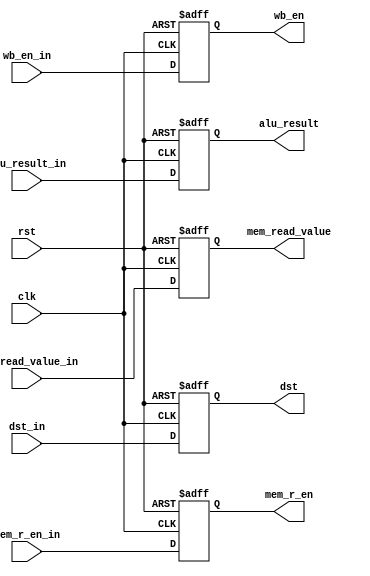
module MEM_Stage_reg (
	input clk, rst, wb_en_in, mem_r_en_in,
	input [31:0] alu_result_in, mem_read_value_in,
	input [4:0] dst_in,
	output reg wb_en, mem_r_en,
	output reg [31:0] alu_result, mem_read_value,
	output reg [4:0] dst
);
	always@(posedge clk,posedge rst)begin
		if(rst)
			{wb_en,mem_r_en,alu_result,mem_read_value,dst}=71'd0;
		else begin
			wb_en<=wb_en_in;
			mem_r_en<=mem_r_en_in;
			alu_result<=alu_result_in;
			mem_read_value<=mem_read_value_in;
			dst<=dst_in;
		end
	end
endmodule